Rangoon Lunatic Asylum 1878-1892 - 1878-1892
Year: 1878
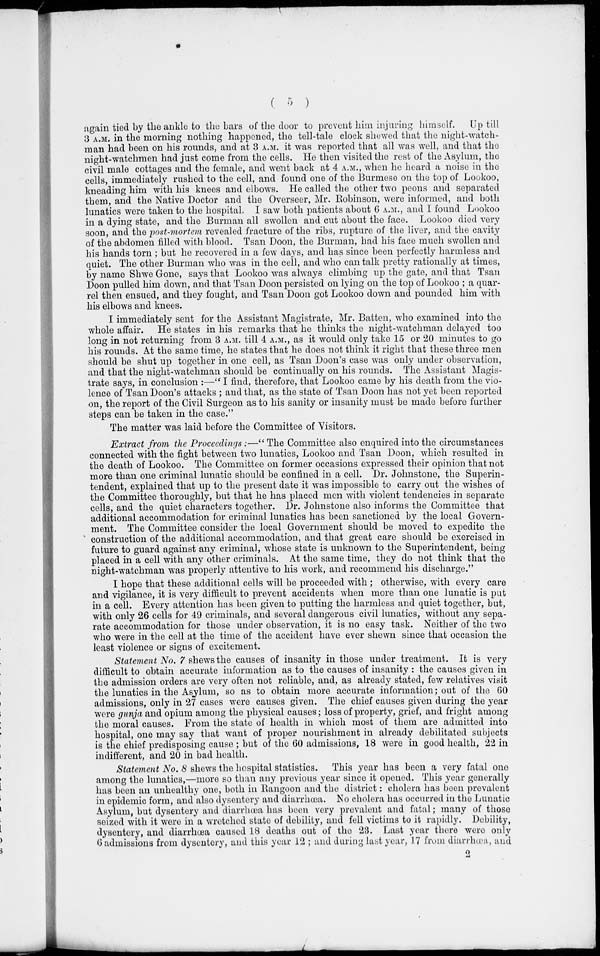
( 6 )
again tied by the ankle to the bars of the door to prevent him injuring himself. Up till
3 A.M. in the morning nothing happened, the tell-tale clock shewed that the night-watch-
man had been on his rounds, and at 3 A.M. it was reported that all was well, and that the
night-watchmen had just come from the cells. He then visited the rest of the Asylum, the
civil male cottages and the female, and went back at 4 A.M., when he heard a noise in the
cells, immediately rushed to the cell, and found one of the Burmese on the top of Lookoo,
kneading him with his knees and elbows. He called the other two peons and separated
them, and the Native Doctor and the Overseer, Mr. Robinson, were informed, and both
lunatics were taken to the hospital. I saw both patients about 6 A.M., and I found Lookoo
in a dying state, and the Burman all swollen and cut about the face. Lookoo died very
soon, and the post-mortem revealed fracture of the ribs, rupture of the liver, and the cavity
of the abdomen filled with blood. Tsan Doon, the Burman, had his face much swollen and
his hands torn ; but he recovered in a few days, and has since been perfectly harmless and
quiet. The other Burman who was in the cell, and who can talk pretty rationally at times,
by name Shwe Gone, says that Lookoo was always climbing up the gate, and that Tsan
Doon pulled him down, and that Tsan Doon persisted on lying on the top of Lookoo ; a quar-
rel then ensued, and they fought, and Tsan Doon got Lookoo down and pounded him with
his elbows and knees.
I immediately sent for the Assistant Magistrate, Mr. Batten, who examined into the
whole affair. He states in his remarks that he thinks the night-watchman delayed too
long in not returning from 3A.M. till 4 A.M., as it would only take 15 or 20 minutes to go
his rounds. At the same time, he states that he does not think it right that these three men
should be shut up together in one cell, as Tsan Doon's case was only under observation,
and that the night-watchman should be continually on his rounds. The Assistant Magis-
trate says, in conclusion :—" I find, therefore, that Lookoo came by his death from the vio-
lence of Tsan Doon's attacks ; and that, as the state of Tsan Doon has not yet been reported
on, the report of the Civil Surgeon as to his sanity or insanity must be made before further
steps can be taken in the case."
The matter was laid before the Committee of Visitors.
Extract from the Proceedings:—" The Committee also enquired into the circumstances
connected with the fight between two lunatics, Lookoo and Tsan Doon, which resulted in
the death of Lookoo. The Committee on former occasions expressed their opinion that not
more than one criminal lunatic should be confined in a cell. Dr. Johnstone, the Superin-
tendent, explained that up to the present date it was impossible to carry out the wishes of
the Committee thoroughly, but that he has placed men with violent tendencies in separate
cells, and the quiet characters together. Dr. Johnstone also informs the Committee that
additional accommodation for criminal lunatics has been sanctioned by the local Govern-
ment. The Committee consider the local Government should be moved to expedite the
construction of the additional accommodation, and that great care should be exercised in
future to guard against any criminal, whose state is unknown to the Superintendent, being
placed in a cell with any other criminals. At the same time, they do not think that the
night-watchman was properly attentive to his work, and recommend his discharge."
I hope that these additional cells will be proceeded with; otherwise, with every care
and vigilance, it is very difficult to prevent accidents when more than one lunatic is put
in a cell. Every attention has been given to putting the harmless and quiet together, but,
with only 26 cells for 49 criminals, and several dangerous civil lunatics, without any sepa-
rate accommodation for those under observation, it is no easy task. Neither of the two
who were in the cell at the time of the accident have ever shewn since that occasion the
least violence or signs of excitement.
Statement No. 7 shews the causes of insanity in those under treatment. It is very
difficult to obtain accurate information as to the causes of insanity : the causes given in
the admission orders are very often not reliable, and, as already stated, few relatives visit
the lunatics in the Asylum, so as to obtain more accurate information; out of the 60
admissions, only in 27 cases were causes given. The chief causes given during the year
were gunja and opium among the physical causes; loss of property, grief, and fright among
the moral causes. From the state of health in which most of them are admitted into
hospital, one may say that want of proper nourishment in already debilitated subjects
is the chief predisposing cause ; but of the 60 admissions, 18 were in good health, 22 in
indifferent, and 20 in bad health.
Statement No. 8 shews the hospital statistics. This year has been a very fatal one
among the lunatics,—more so than any previous year since it opened. This year generally
has been an unhealthy one, both in Rangoon and the district: cholera has been prevalent
in epidemic form, and also dysentery and diarrhœa. No cholera has occurred in the Lunatic
Asylum, but dysentery and diarrhœa has been very prevalent and fatal; many of those
seized with it were in a wretched state of debility, and fell victims to it rapidly. Debility,
dysentery, and diarrhœa caused 18 deaths out of the 23. Last year there were only
6 admissions from dysentery, and this year 12 ; and during last year, 17 from diarrhœa, and
2